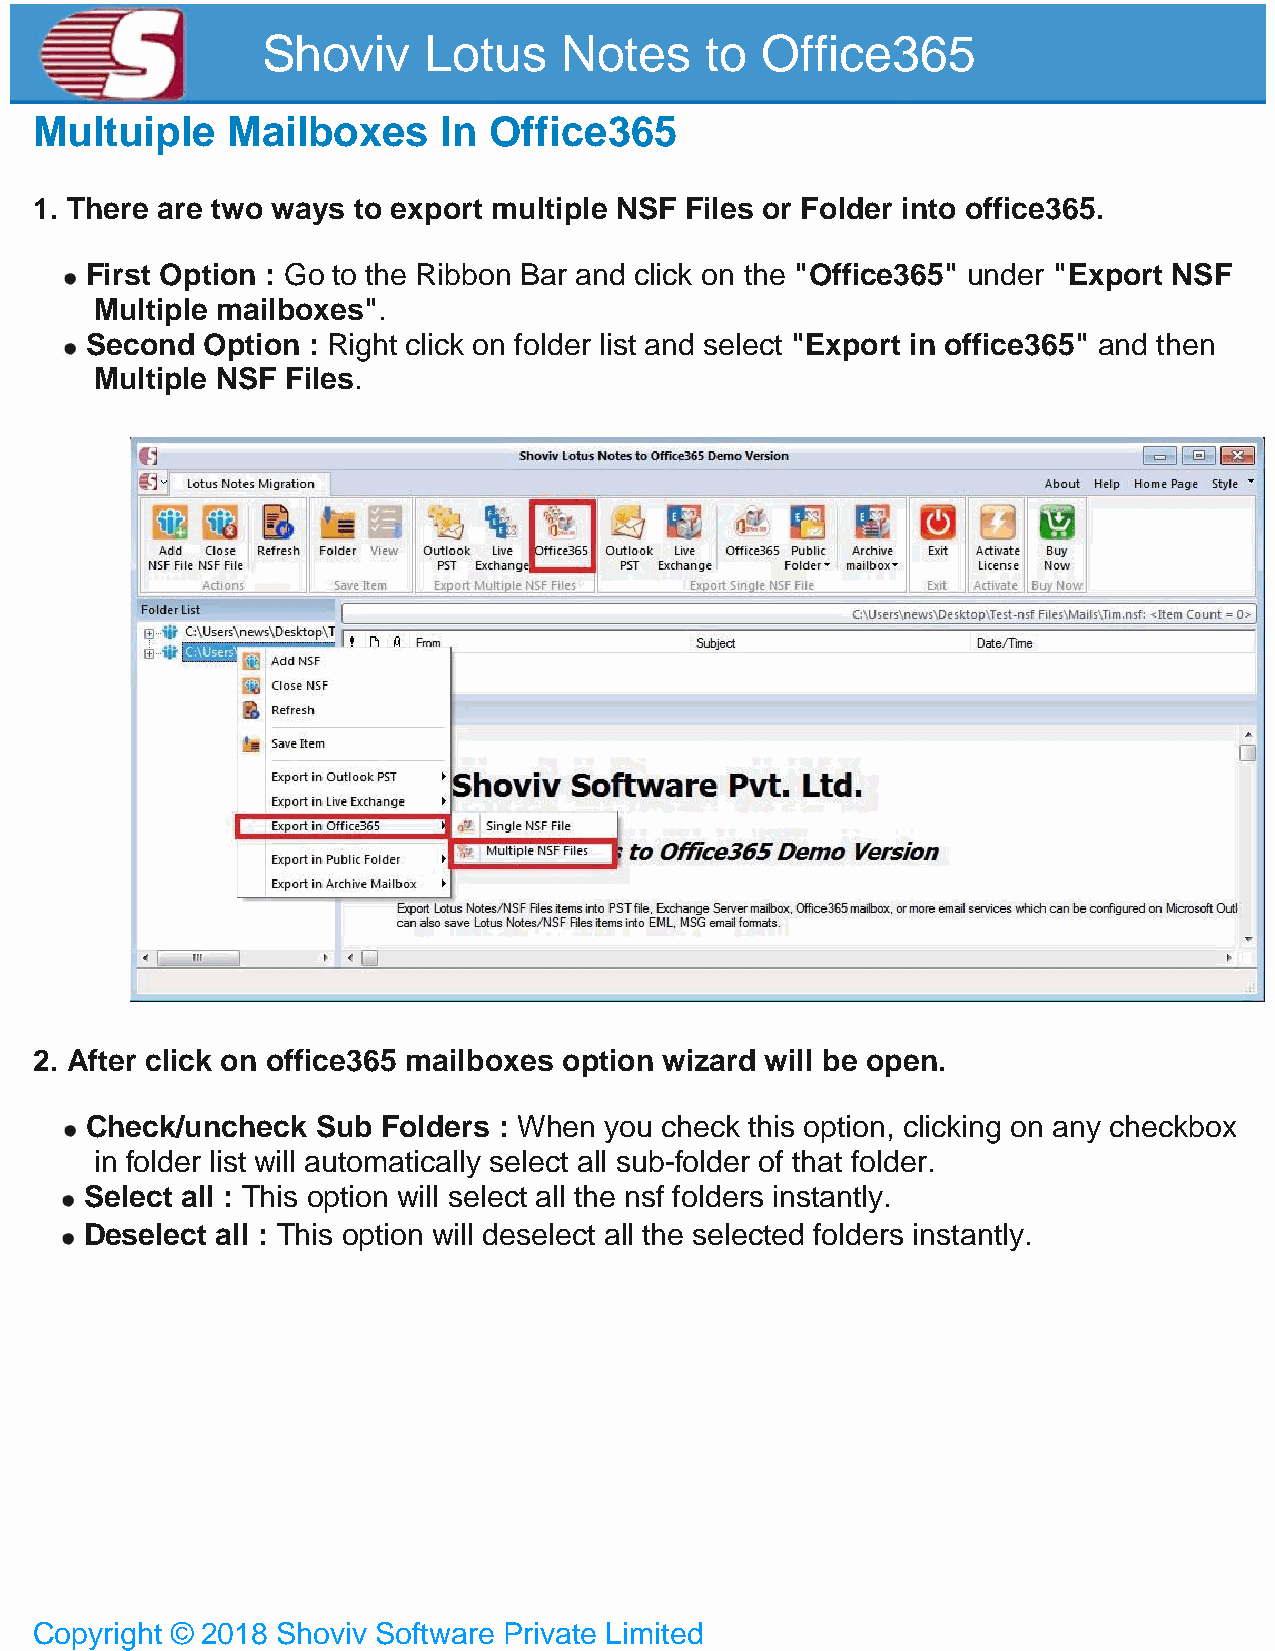
Shoviv     Lotus    Notes     to Office365
 Multuiple    Mailboxes     In Office365
 1. There are two ways to export multiple NSF Files or Folder into office365.
 First Option : Go to the Ribbon Bar and click on the "Office365" under "Export NSF
 Multiple mailboxes".
 Second Option : Right click on folder list and select "Export in office365" and then
 Multiple NSF Files.
 2. After click on office365 mailboxes option wizard will be open.
 Check/uncheck  Sub Folders : When you check this option, clicking on any checkbox
 in folder list will automatically select all sub-folder of that folder.
 Select all : This option will select all the nsf folders instantly.
 Deselect all : This option will deselect all the selected folders instantly.
 Copyright © 2018 Shoviv Software Private Limited